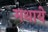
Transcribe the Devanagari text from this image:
मथाये